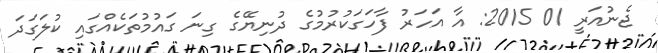
ޖެނުއަރީ 01 2015: އާ އަހަރު ފާހަގަކުރުމުގެ ދުނިޔޭގެ ގިނަ ގައުމުތަކެއްގައި ކުލަގަދަ